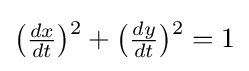
{\textstyle {\bigl (}{\frac {dx}{dt}}{\bigr )}{\vphantom {)}}^{2}+{\bigl (}{\frac {dy}{dt}}{\bigr )}{\vphantom {)}}^{2}=1}